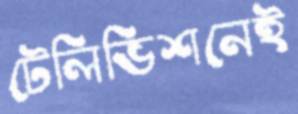
টেলিভিশনেই